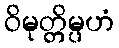
ဝိမုတ္တိမ္ပဟံ